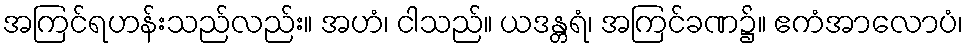
အကြင်ရဟန်းသည်လည်း။ အဟံ၊ ငါသည်။ ယဒန္တရံ၊ အကြင်ခဏ၌။ ဧကံအာလောပံ၊